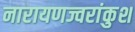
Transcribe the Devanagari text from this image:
नारायणज्वरांकुश